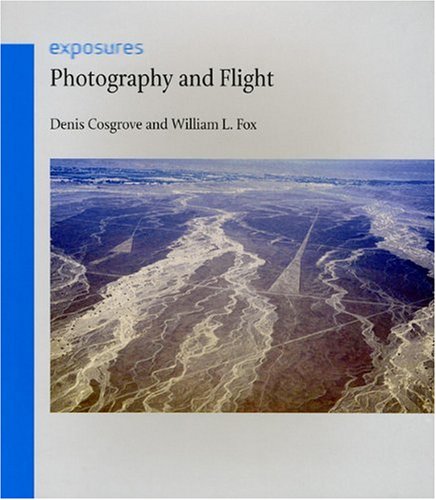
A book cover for Photography and Flight (Reaktion Books - Exposures); Denis Cosgrove; Arts & Photography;